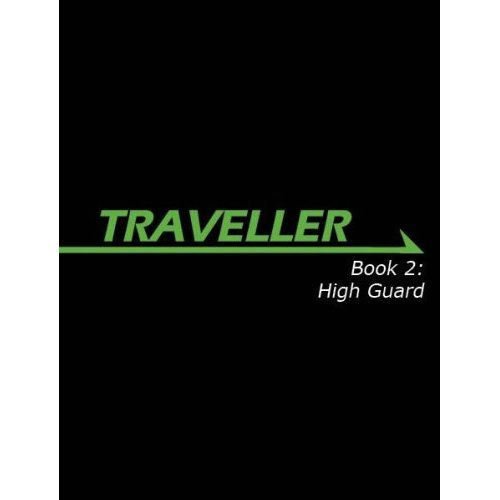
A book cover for Traveller Book 2: High Guard (Traveller Sci-Fi Roleplaying); Gareth Hanrahan; Science Fiction & Fantasy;